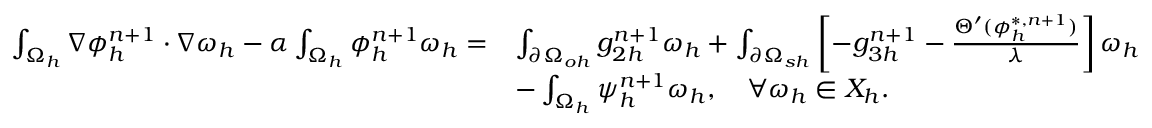
\begin{array} { r l } { \small \int _ { \Omega _ { h } } \nabla \phi _ { h } ^ { n + 1 } \cdot \nabla \omega _ { h } - \alpha \int _ { \Omega _ { h } } \phi _ { h } ^ { n + 1 } \omega _ { h } = } & { \int _ { \partial \Omega _ { o h } } g _ { 2 h } ^ { n + 1 } \omega _ { h } + \int _ { \partial \Omega _ { s h } } \left[ - g _ { 3 h } ^ { n + 1 } - \frac { \Theta ^ { \prime } ( \phi _ { h } ^ { * , n + 1 } ) } { \lambda } \right] \omega _ { h } } \\ & { - \int _ { \Omega _ { h } } \psi _ { h } ^ { n + 1 } \omega _ { h } , \quad \forall \omega _ { h } \in X _ { h } . } \end{array}